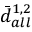
\bar { d } _ { a l l } ^ { 1 , 2 }